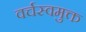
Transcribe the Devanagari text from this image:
वर्चस्वमुक्त